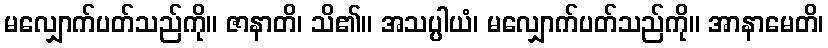
မလျှောက်ပတ်သည်ကို။ ဇာနာတိ၊ သိ၏။ အသပ္ပါယံ၊ မလျှောက်ပတ်သည်ကို။ အာနာမေတိ၊